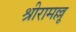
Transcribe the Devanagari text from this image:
श्रीरामल्लू